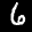
Label: 6